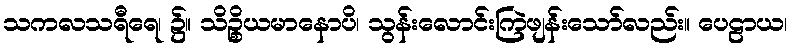
သကလသရီရေ၊ ၌။ သိဉ္စိယမာနောပိ၊ သွန်းလောင်းကြဲဖျန်းသော်လည်း။ ပေဠာယ၊